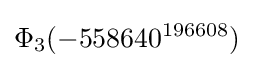
\Phi _{3}(-558640^{196608})